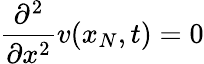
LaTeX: \frac{\partial^{2}}{\partial x^{2}}v(x_{N},t)=0